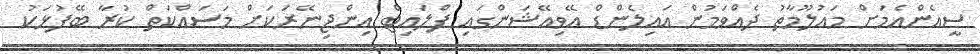
ސީއެންއެމަށް މައުލޫމާތު ދެއްވަމުން އައިލެންޑް އޭވިއޭޝަންގައި ފްލައިޓް އިންޖިނޭރަކަށް މަސައްކަތް ކުރާ ބޭފުޅަކު